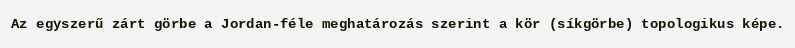
Az egyszerű zárt görbe a Jordan-féle meghatározás szerint a kör (síkgörbe) topologikus képe.